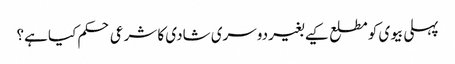
پہلی بیوی کو مطلع کیے بغیر دوسری شادی کا شرعی حکم کیا ہے؟